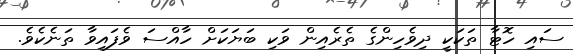
ސައި ހޮޓާ ތަކަކީ ދިވެހިންގެ ތެރެއިން ވަކި ބަޔަކަށް ހާއްސަ ވެފައިވާ ތަނެކެވެ.